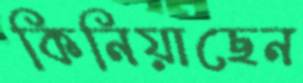
কিনিয়াছেন